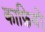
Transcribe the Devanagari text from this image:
काफ़ियों